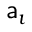
\mathsf { a } _ { \imath }